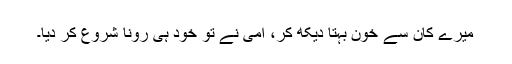
میرے کان سے خون بہتا دیکھ کر، امی نے تو خود ہی رونا شروع کر دیا۔